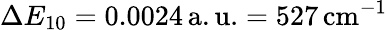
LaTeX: \Delta E_{10}=0.0024\, \mathrm{a.u.}=527\, \mathrm{cm}^{-1}